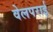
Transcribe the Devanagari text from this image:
वेलपराई